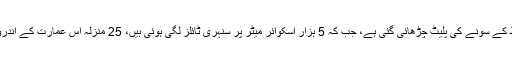
انتظامیہ کا کہنا ہے کہ ہوٹل کے ایکسٹیریئر پر 24 قیراط کے سونے کی پلیٹ چڑھائی گئی ہے، جب کہ 5 ہزار اسکوائر میٹر پر سنہری ٹائلز لگی ہوئی ہیں، 25 منزلہ اس عمارت کے اندرونی حصوں پر بھی سنہری اشیا سے سجاوٹ کی گئی ہے۔